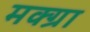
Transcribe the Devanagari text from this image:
मक्ग्रा